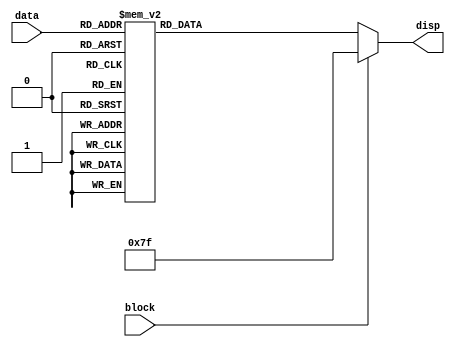
module hex_display(input[3:0] data, output reg[6:0] disp, input block);
	always @(data) begin
		if (block == 1'b1) begin
			disp = 7'b1111111; //don't show anything
		end else begin
			case (data)
				4'b0000 : begin disp = 7'b1000000; end
				4'b0001 : begin disp = 7'b1111001; end
				4'b0010 : begin disp = 7'b0100100; end
				4'b0011 : begin disp = 7'b0110000; end
				4'b0100 : begin disp = 7'b0011001; end
				4'b0101 : begin disp = 7'b0010010; end
				4'b0110 : begin disp = 7'b0000010; end
				4'b0111 : begin disp = 7'b1111000; end
				4'b1000 : begin disp = 7'b0000000; end
				4'b1001 : begin disp = 7'b0010000; end
				4'b1010 : begin disp = 7'b0001000; end
				4'b1011 : begin disp = 7'b0000011; end
				4'b1100 : begin disp = 7'b0100111; end
				4'b1101 : begin disp = 7'b0100001; end
				4'b1110 : begin disp = 7'b0000110; end
				4'b1111 : begin disp = 7'b0001110; end
			endcase
		end
	end
endmodule